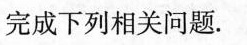
完成下列相关问题。